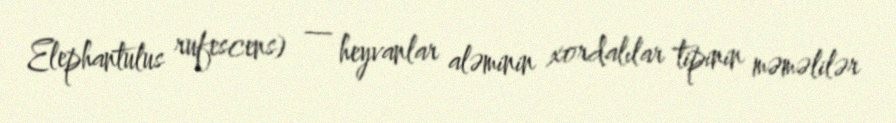
Elephantulus rufescens) — heyvanlar aləminin xordalılar tipinin məməlilər